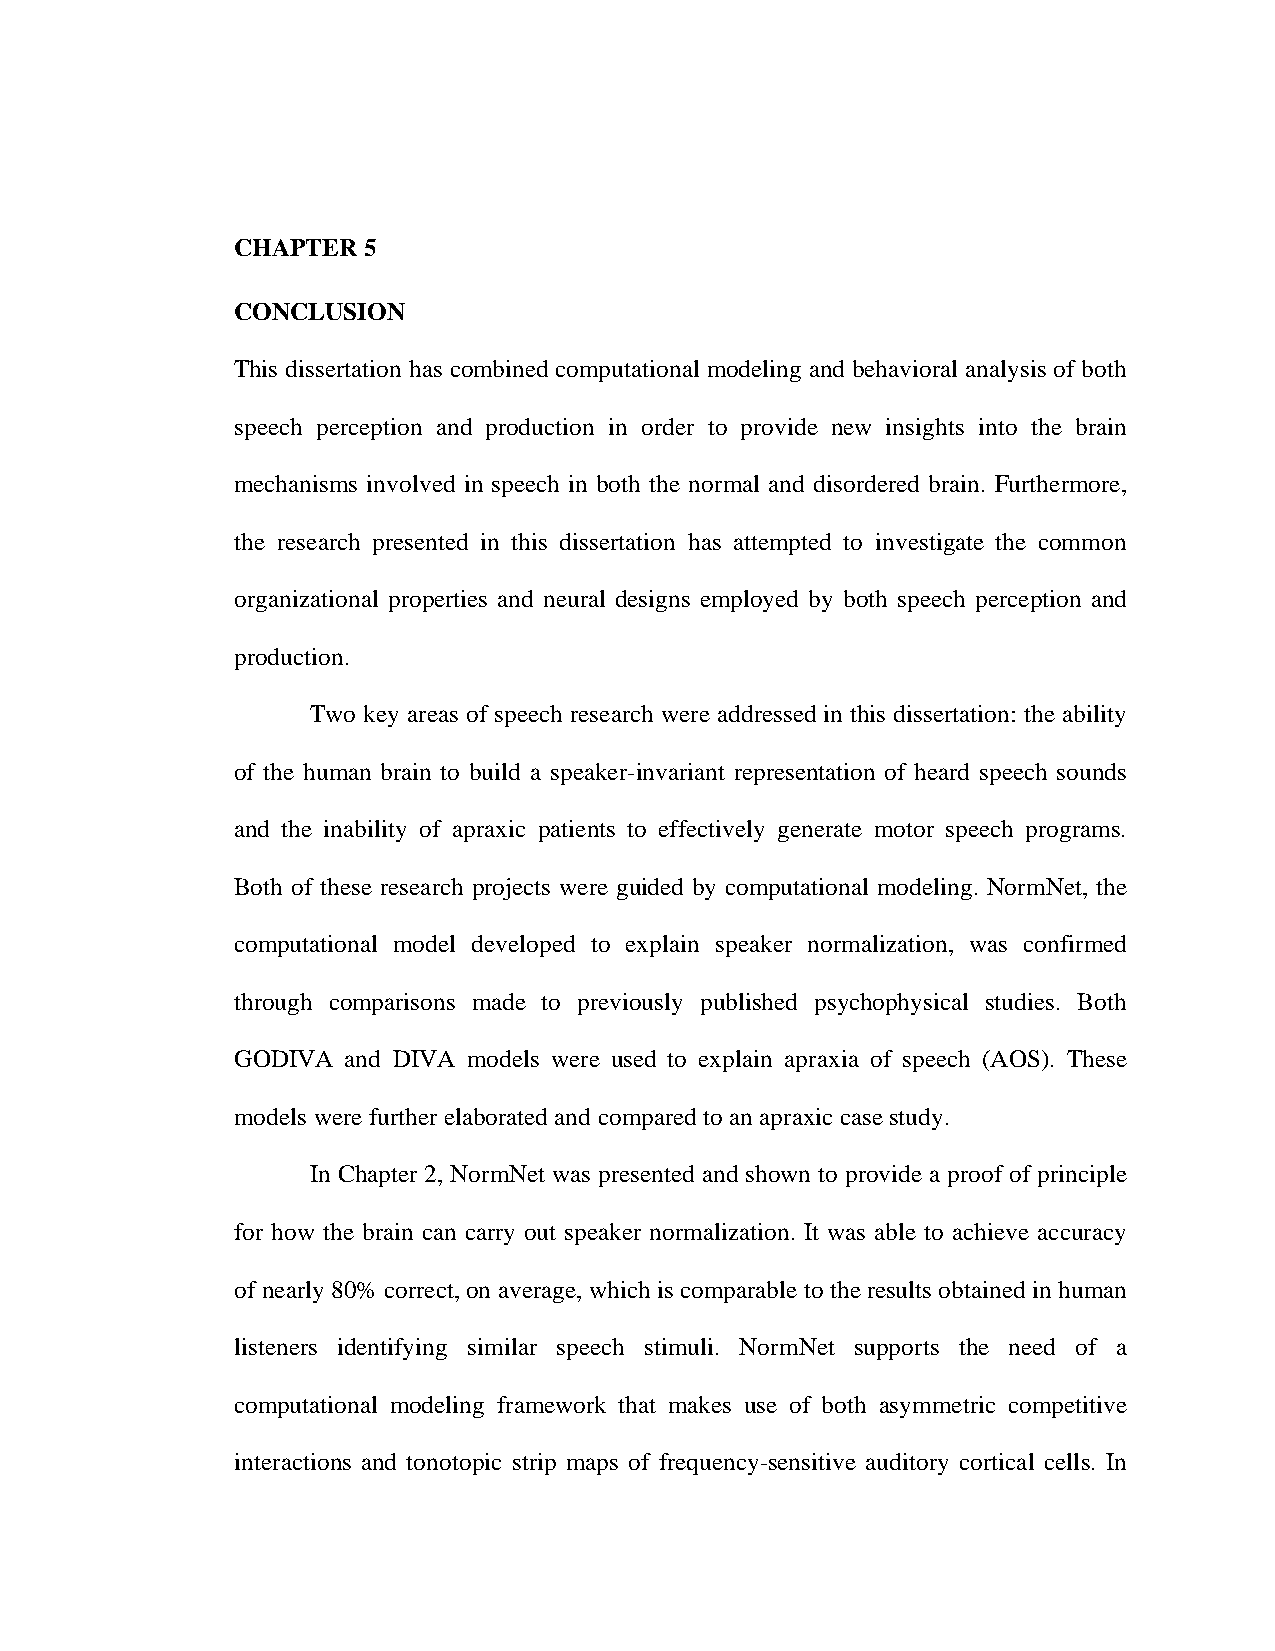
CHAPTER 5
 CONCLUSION
 This dissertation has combined computational modeling and behavioral analysis of both
 speech perception and production in order to provide new insights into the brain
 mechanisms involved in speech in both the normal and disordered brain. Furthermore,
 the research presented in this dissertation has attempted to investigate the common
 organizational properties and neural designs employed by both speech perception and
 production.
 Two key areas of speech research were addressed in this dissertation: the ability
 of the human brain to build a speaker-invariant representation of heard speech sounds
 and the inability of apraxic patients to effectively generate motor speech programs.
 Both of these research projects were guided by computational modeling. NormNet, the
 computational model developed to explain speaker normalization, was confirmed
 through comparisons made to previously published psychophysical studies. Both
 GODIVA and DIVA models were used to explain apraxia of speech (AOS). These
 models were further elaborated and compared to an apraxic case study.
 In Chapter 2, NormNet was presented and shown to provide a proof of principle
 for how the brain can carry out speaker normalization. It was able to achieve accuracy
 of nearly 80% correct, on average, which is comparable to the results obtained in human
 listeners identifying similar speech stimuli. NormNet supports the need of a
 computational modeling framework that makes use of both asymmetric competitive
 interactions and tonotopic strip maps of frequency-sensitive auditory cortical cells. In